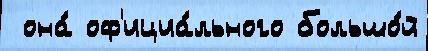
 она́ оф'ициа́льного большо́й